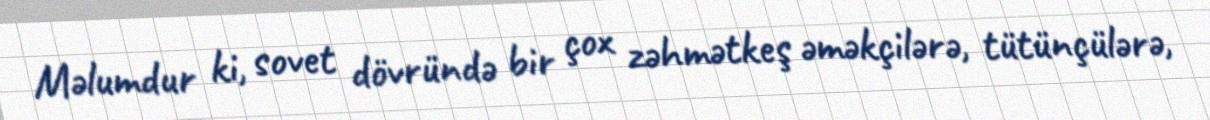
Məlumdur ki, sovet dövründə bir çox zəhmətkeş əməkçilərə, tütünçülərə,